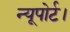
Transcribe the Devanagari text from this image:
न्यूपोर्ट।